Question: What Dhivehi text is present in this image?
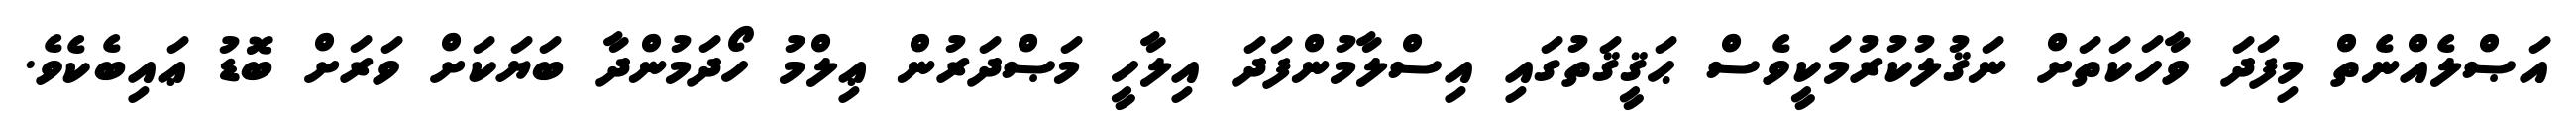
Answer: އަޞްލެއްނެތް މިފަދަ ވާހަކަތަށް ނަޤުލުކުރުމަކީވެސް ޙަޤީޤަތުގައި އިސްލާމުންފަދަ އިލާހީ މަޞްދަރުން ޢިލްމު ހޯދަމުންދާ ބަޔަކަށް ވަރަށް ބޮޑު ޢައިބެކެވެ.